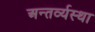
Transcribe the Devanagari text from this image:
अन्तर्व्यस्था